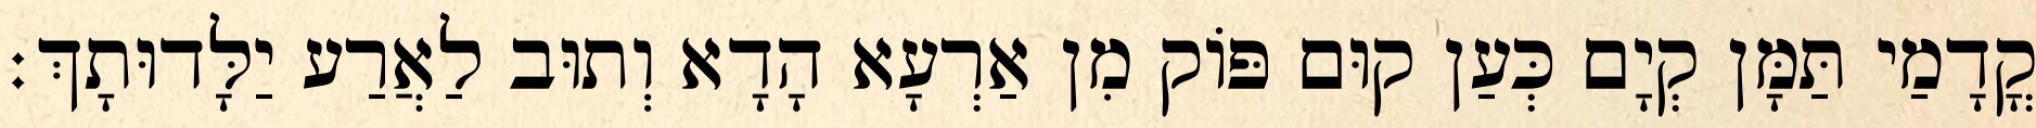
קֳדָמַי תַּמָּן קְיָם כְּעַן קוּם פּוֹק מִן אַרְעָא הָדָא וְתוּב לַאֲרַע יַלָּדוּתָךְ׃